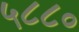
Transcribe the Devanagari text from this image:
५८८०